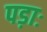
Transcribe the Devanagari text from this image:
पड़ाः